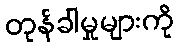
တုန်ခါမှုများကို